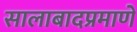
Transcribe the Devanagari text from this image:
सालाबादप्रमाणे